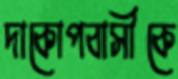
দাকোপবাসীকে